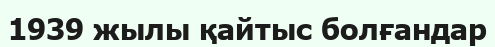
1939 жылы қайтыс болғандар